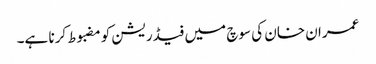
عمران خان کی سوچ میں فیڈریشن کومضبوط کرنا ہے۔